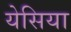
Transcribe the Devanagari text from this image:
येसिया